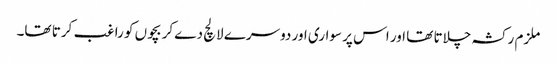
ملزم رکشہ چلاتا تھا اور اس پر سواری اور دوسرے لالچ دے کر بچوں کو راغب کرتا تھا۔